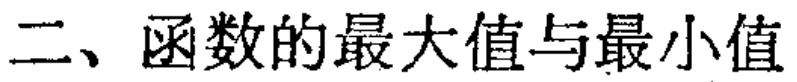
二、函数的最大值与最小值